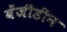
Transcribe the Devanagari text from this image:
बेंजीडीन